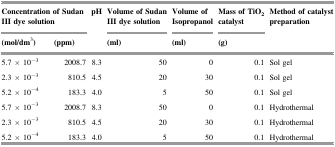
<table><thead><tr><td colspan="2"><b>Concentration of Sudan III dye solution</b></td><td rowspan="2"><b>pH</b></td><td><b>Volume of Sudan III dye solution</b></td><td><b>Volume of Isopropanol</b></td><td><b>Mass of TiO<sub>2</sub> catalyst</b></td><td rowspan="2"><b>Method of catalyst preparation</b></td></tr><tr><td><b>(mol/dm<sup>3</sup>)</b></td><td><b>(ppm)</b></td><td><b>(ml)</b></td><td><b>(ml)</b></td><td><b>(g)</b></td></tr></thead><tbody><tr><td>5.7 × 10<sup>−3</sup></td><td>2008.7</td><td>8.3</td><td>50</td><td>0</td><td>0.1</td><td>Sol gel</td></tr><tr><td>2.3 × 10<sup>−3</sup></td><td>810.5</td><td>4.5</td><td>20</td><td>30</td><td>0.1</td><td>Sol gel</td></tr><tr><td>5.2 × 10<sup>−4</sup></td><td>183.3</td><td>4.0</td><td>5</td><td>50</td><td>0.1</td><td>Sol gel</td></tr><tr><td>5.7 × 10<sup>−3</sup></td><td>2008.7</td><td>8.3</td><td>50</td><td>0</td><td>0.1</td><td>Hydrothermal</td></tr><tr><td>2.3 × 10<sup>−3</sup></td><td>810.5</td><td>4.5</td><td>20</td><td>30</td><td>0.1</td><td>Hydrothermal</td></tr><tr><td>5.2 × 10<sup>−4</sup></td><td>183.3</td><td>4.0</td><td>5</td><td>50</td><td>0.1</td><td>Hydrothermal</td></tr></tbody></table>